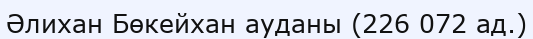
Әлихан Бөкейхан ауданы (226 072 ад.)